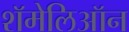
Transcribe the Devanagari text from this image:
शॅमेलिऑन